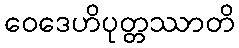
ဝေဒေဟိပုတ္တဿာတိ